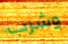
وشرب